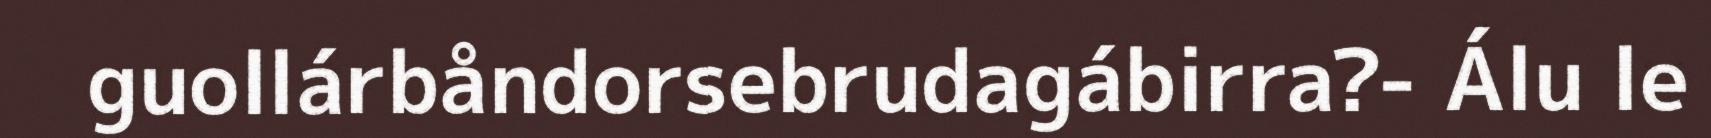
guollárbåndorsebrudagábirra?- Álu le